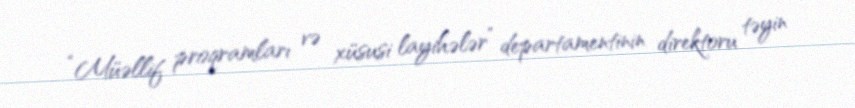
“Müəllif proqramları və xüsusi layihələr” departamentinin direktoru təyin